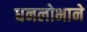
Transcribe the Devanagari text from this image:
धनलोभाने